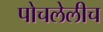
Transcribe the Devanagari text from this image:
पोचलेलीच